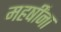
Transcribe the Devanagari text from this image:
महर्षींना